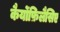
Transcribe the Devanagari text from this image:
कैर्योफ़िलैसिए